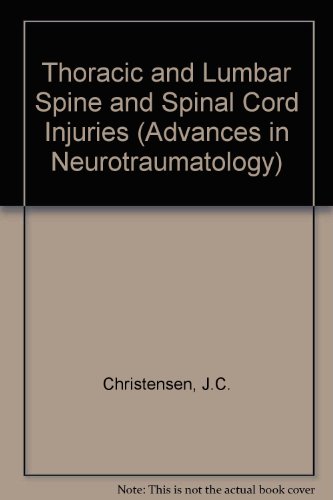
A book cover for Thoracic and Lumbar Spine and Spinal Cord Injuries (Advances in Neurotraumatology); Health, Fitness & Dieting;